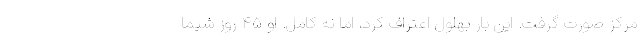
مرکز صورت گرفت. این بار بهلول اعتراف کرد، اما نه کامل. او ۴۵ روز شیما